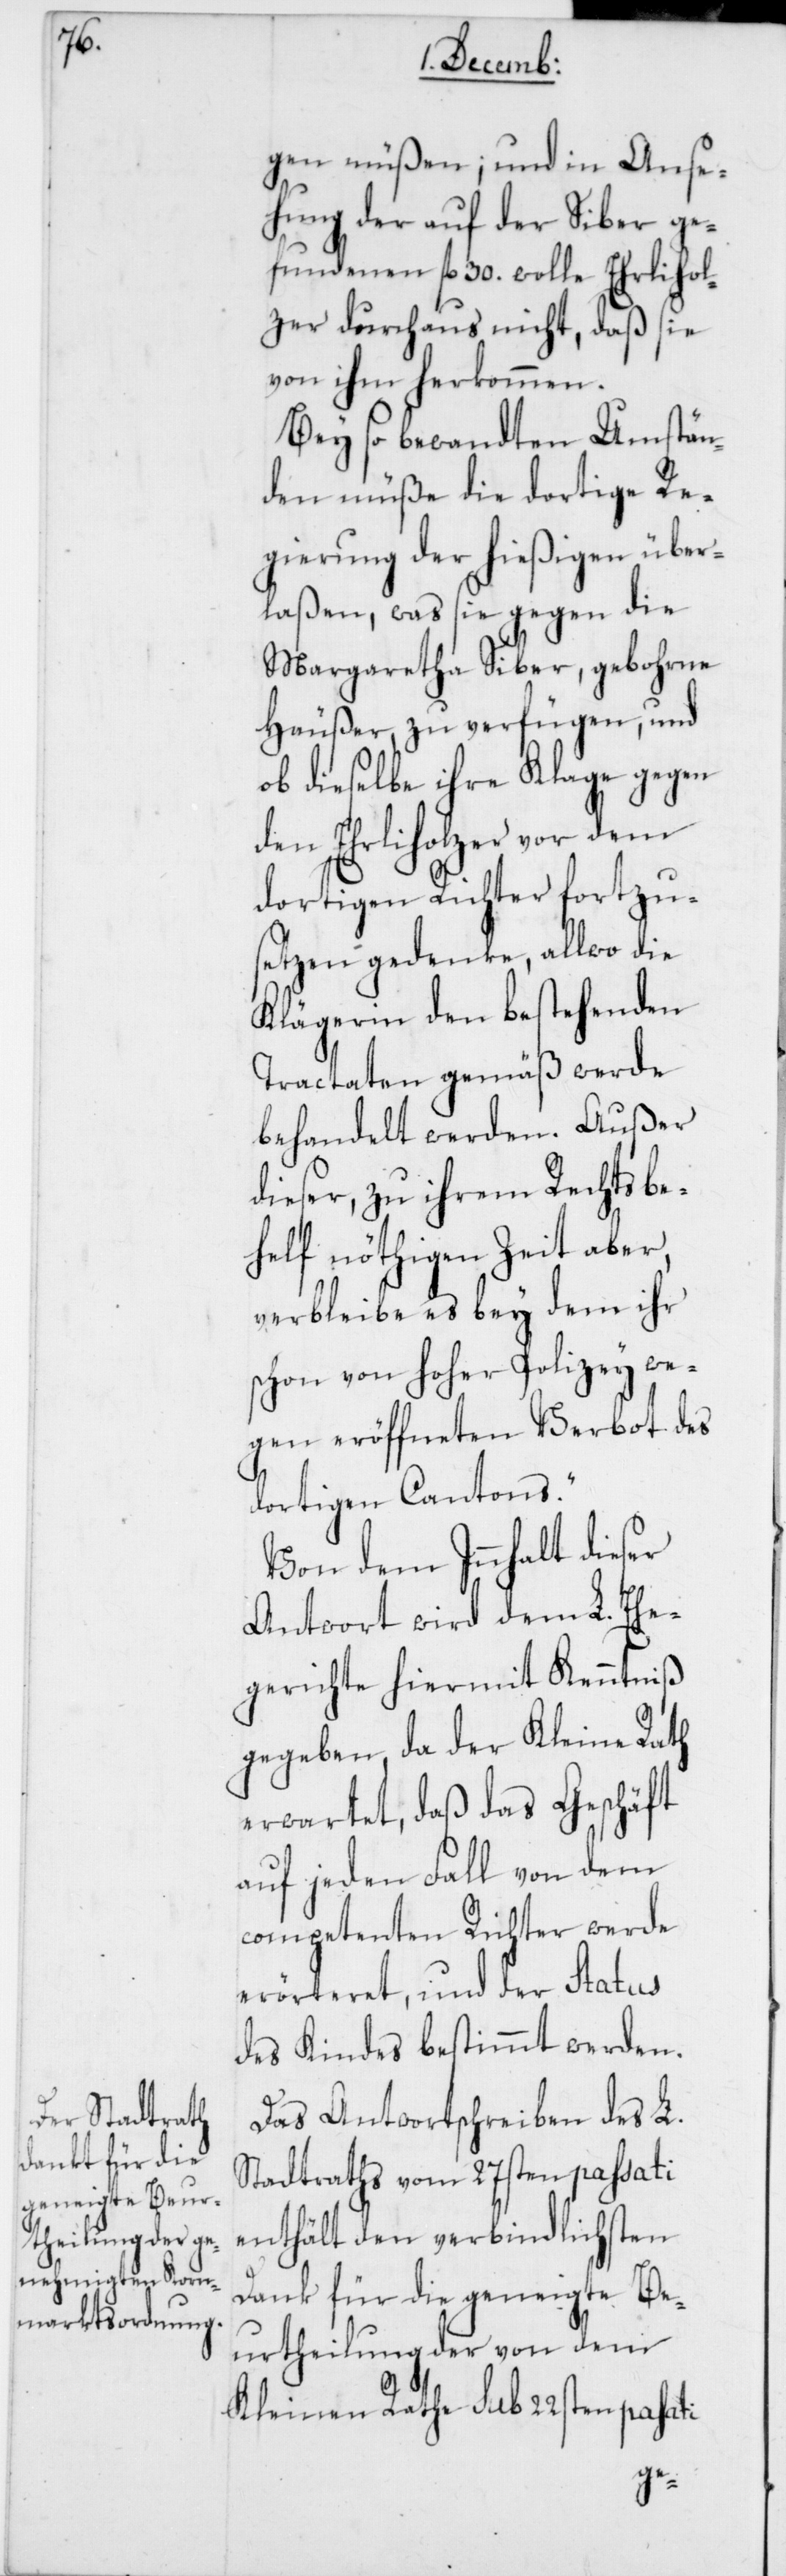
gen müßen; und in Anse¬
hung der auf der Siber ge¬
fundenen fl. 30. wolle Ehrlihol¬
zer durchaus nicht, daß sie
von ihm herkommen.
Bey so bewandten Umstän¬
den müße die dortige Re¬
gierung der hießigen über¬
laßen, was sie gegen die
Margaretha Siber, gebohrne
Häußer, zu verfügen und
ob dieselbe ihre Klage gegen
den Ehrliholzer vor dem
dortigen Richter fortzus¬
etzen gedenke, allwo die
Klägerin den bestehenden
Tractaten gemäß werde
behandelt werden. Außer
dieser, zu ihrem Rechtsbe¬
helf nöthigen Zeit aber,
verbleibe es bey dem ihr
schon von Hoher Polizey we¬
gen eröffneten Verbot des
dortigen Cantons“.
Von dem Innhalt dieser
Antwort wird dem L. Ehe¬
gerichte hiermit Kenntniß
gegeben, da der Kleine Rath
erwartet, daß das Geschäft
auf jeden Fall von dem
competenten Richter werde
erörteret, und der Status
des Kindes bestimmt werden.
Das Antwortschreiben des L.
Stadtraths vom 27sten passati
enthält den verbindlichsten
Dank für die geneigte Be¬
urtheilung der von dem
Kleinen Rathe sub 22sten passa¬
ti